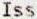
ISS